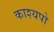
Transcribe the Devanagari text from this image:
काश्यपो